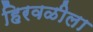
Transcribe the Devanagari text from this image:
हिरवळीला